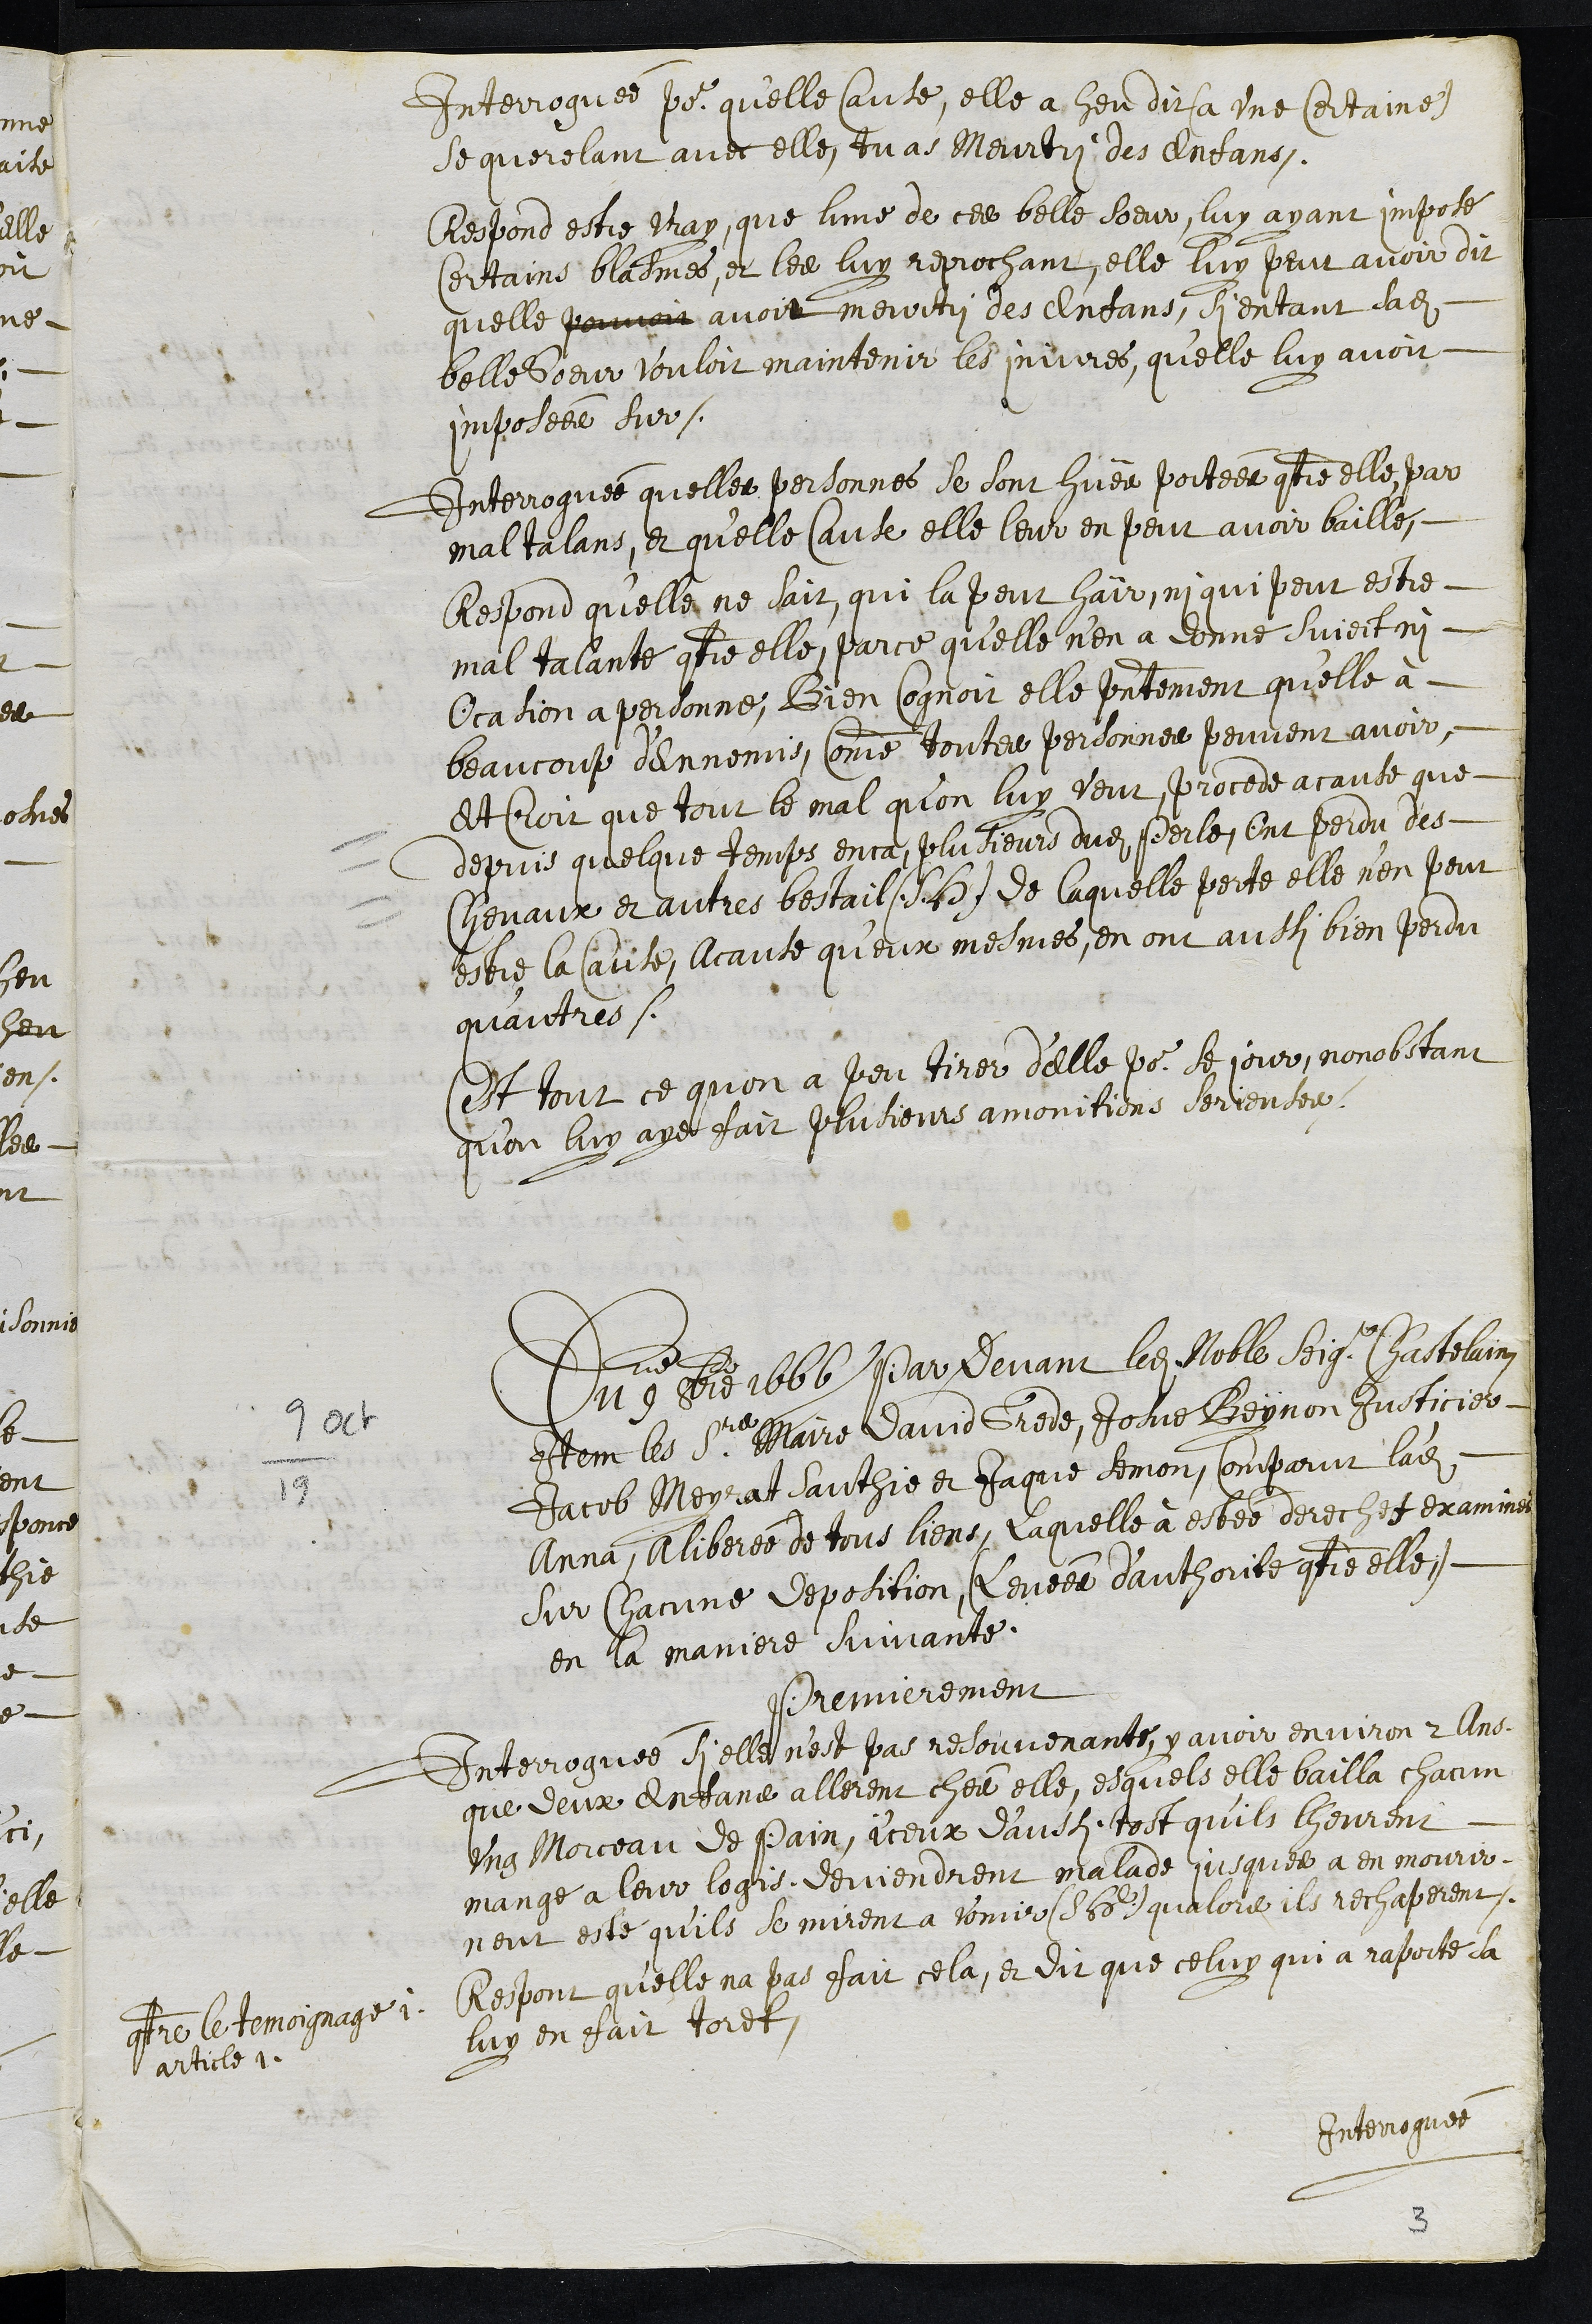
Interroguée pour quelle Cause, elle a heu dit (a une certaine)
se querelant avec elle, tu as meurtri des enfans.
Respond estre vray, que lune de ces belle soeur, luy ayant imposé
certains blasmes, et les luy reprochant, elle luy peut avoit dit
quelle pouvoit avoit meurtri des enfans, si entant sadite
belle soeur vouloit maintenir les injures, qu’elle luy avoit
imposées sur.
Interroguée quelles personnes se sont huës portées contre elle, par
mal talans, et qu’elle cause elle leur en peut avoir baillé,
Respond qu'elle ne sait, qui la peut haïr, ni qui peut estre
mal talante contre elle, parce qu'elle n’en a donne suject ni
Ocasion a personne, Bien cognoit elle presentement qu'elle à
beaucoup d'ennemis, comme toutes personnes peuvent avoir,
Et croit que tout le mal qu’on luy veut, procede acause que
depuis quelque temps enca, plusieurs dudit Perle, Ont perdu des
chevaux et autres bestail (S. H.) de laquelle perte elle n’en peut
estre la Cause, Acause qu'eux mesmes, en ont aussi bien perdu
qu'autres.
C'est tout ce quon a peu tirer d'elle pour se jour, nonobstant
qu'on luy aye fait plusieurs amonitions serieuses.
9/19 oct
Du 9me 8bre 1666 Par devant ledit Noble seigr Chastelain
Item les Srs Maire David Grede, Josué Beynon Justicier
Jacob Meyrat sauthie et Jaque Semon, comparut ladite
Anna, aliberée de tous liens, laquelle à estée derechef examinee
sur chacune deposition (Levées d'authorite contre elle)
en la maniere suivante.
Premierement
Interroguée si elle n’est pas resouvenante, y avoir environ 2 Ans
que deux enfans allerent chés elle, esquels elle bailla chacun
ung Morceau de Pain, iceux d'aussi tost qu'ils lheurent
mangé a leur logis deviendrent malade jusques a en mourir
neut esté qu’ils se mirent a vomir (S. H.) qualors ils rechaperent.
contre le temoignage 1
article 1.
Respont qu'elle na pas fait cela, et dit que celuy qui a raporté sa
luy en fait tordt
Interroguée
3